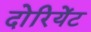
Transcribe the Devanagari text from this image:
दोरियेंट